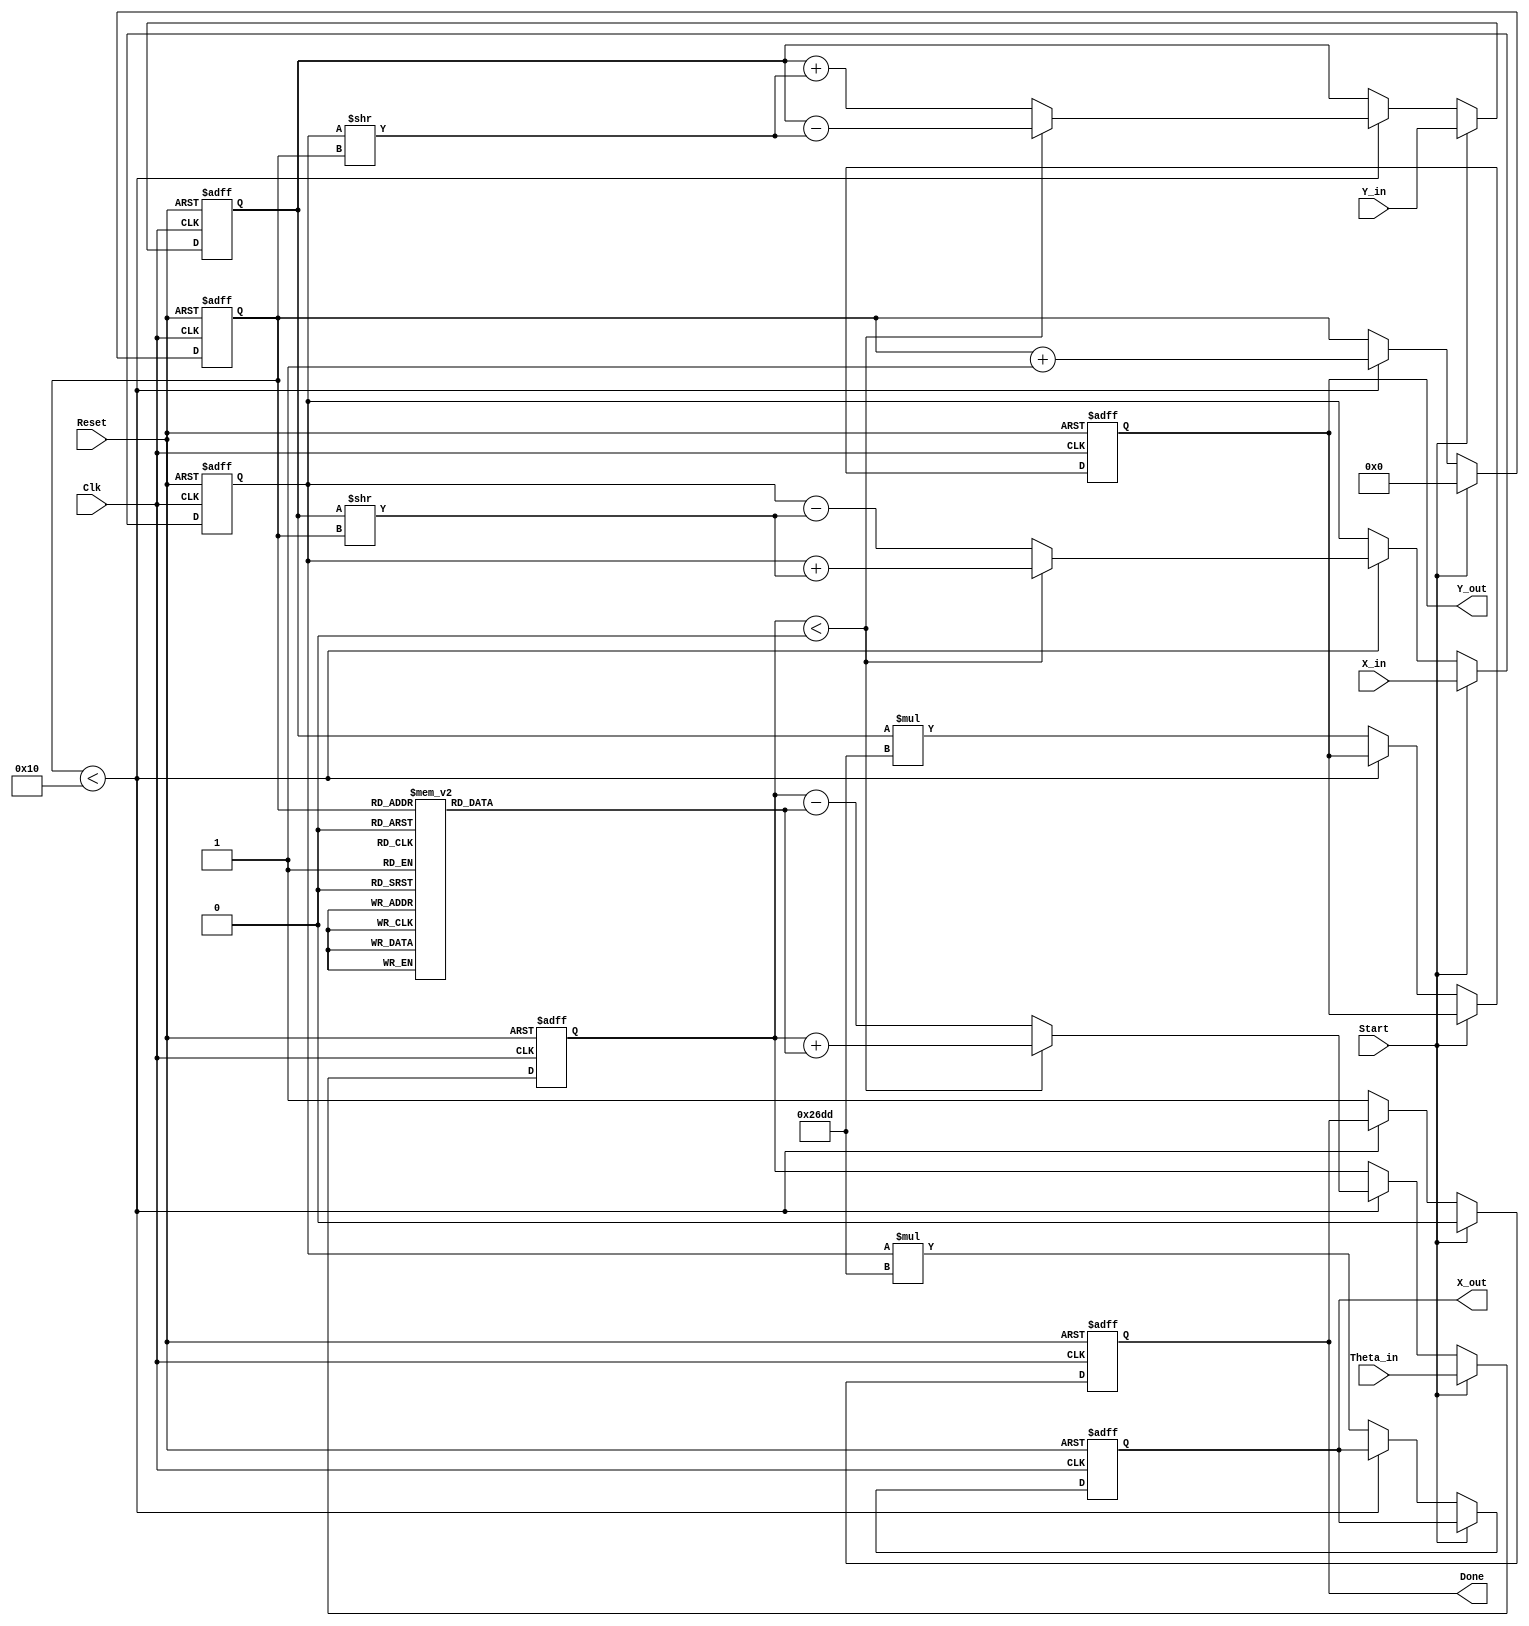
module cordic_fixed_point #(
    parameter WIDTH = 16,         // Width of fixed-point representation
    parameter ITERATIONS = 16     // Number of CORDIC iterations
)(
    input  wire [WIDTH-1:0] X_in,      // Fixed-point input x-coordinate
    input  wire [WIDTH-1:0] Y_in,      // Fixed-point input y-coordinate
    input  wire [WIDTH-1:0] Theta_in,  // Fixed-point input angle
    input  wire Start,                  // Control signal to start operation
    input  wire Clk,                    // Clock signal
    input  wire Reset,                  // Asynchronous reset signal
    output reg [WIDTH-1:0] X_out,      // Fixed-point output x-coordinate
    output reg [WIDTH-1:0] Y_out,      // Fixed-point output y-coordinate
    output reg Done                     // Control signal indicating completion
);

    // Internal signals
    reg [WIDTH-1:0] X, Y, Z;
    reg [3:0] i; // Iteration counter
    reg [1:0] d; // Direction of rotation
    reg [WIDTH-1:0] atan_table [0:ITERATIONS-1]; // Arctangent lookup table
    reg [WIDTH-1:0] Gain = 16'h26DD; // Gain constant (fixed-point representation)

    // Initialize the arctangent lookup table
    initial begin
        // Populate atan_table with fixed-point values of atan(2^-i)
        // Example values, should be calculated based on the fixed-point format
        atan_table[0] = 16'h2000; // atan(1) = pi/4
        atan_table[1] = 16'h1333; // atan(0.5)
        atan_table[2] = 16'h0A3D; // atan(0.25)
        // Fill in the rest of the table...
        // atan_table[3] = ...
        // ...
    end

    // Control logic
    always @(posedge Clk or posedge Reset) begin
        if (Reset) begin
            X <= 0;
            Y <= 0;
            Z <= 0;
            i <= 0;
            Done <= 0;
            X_out <= 0;
            Y_out <= 0;
        end else if (Start) begin
            // Initialize the CORDIC operation
            X <= X_in;
            Y <= Y_in;
            Z <= Theta_in;
            i <= 0;
            Done <= 0;
        end else if (i < ITERATIONS) begin
            // CORDIC iteration logic
            if (Z < 0) begin
                d <= 1; // Rotate clockwise
                X <= X + (Y >> i);
                Y <= Y - (X >> i);
                Z <= Z + atan_table[i];
            end else begin
                d <= 0; // Rotate counter-clockwise
                X <= X - (Y >> i);
                Y <= Y + (X >> i);
                Z <= Z - atan_table[i];
            end
            i <= i + 1;
        end else begin
            // Operation complete
            Done <= 1;
            X_out <= X * Gain; // Apply gain to output
            Y_out <= Y * Gain; // Apply gain to output
        end
    end

endmodule